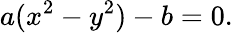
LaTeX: a(x^{2}-y^{2})-b=0.